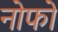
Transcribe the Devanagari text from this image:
नोफो